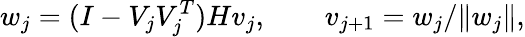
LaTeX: w_{j}=(I-V_{j}V_{j}^{T})Hv_{j},\qquad v_{j+1}=w_{j}/\| w_{j}\| ,